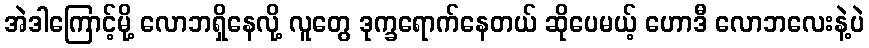
အဲဒါကြောင့်မို့ လောဘရှိနေလို့ လူတွေ ဒုက္ခရောက်နေတယ် ဆိုပေမယ့် ဟောဒီ လောဘလေးနဲ့ပဲ